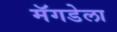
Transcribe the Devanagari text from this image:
मॅगडेला